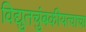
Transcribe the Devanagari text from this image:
विद्युतचुंबकीयत्वाचा